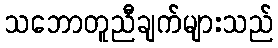
သဘောတူညီချက်များသည်